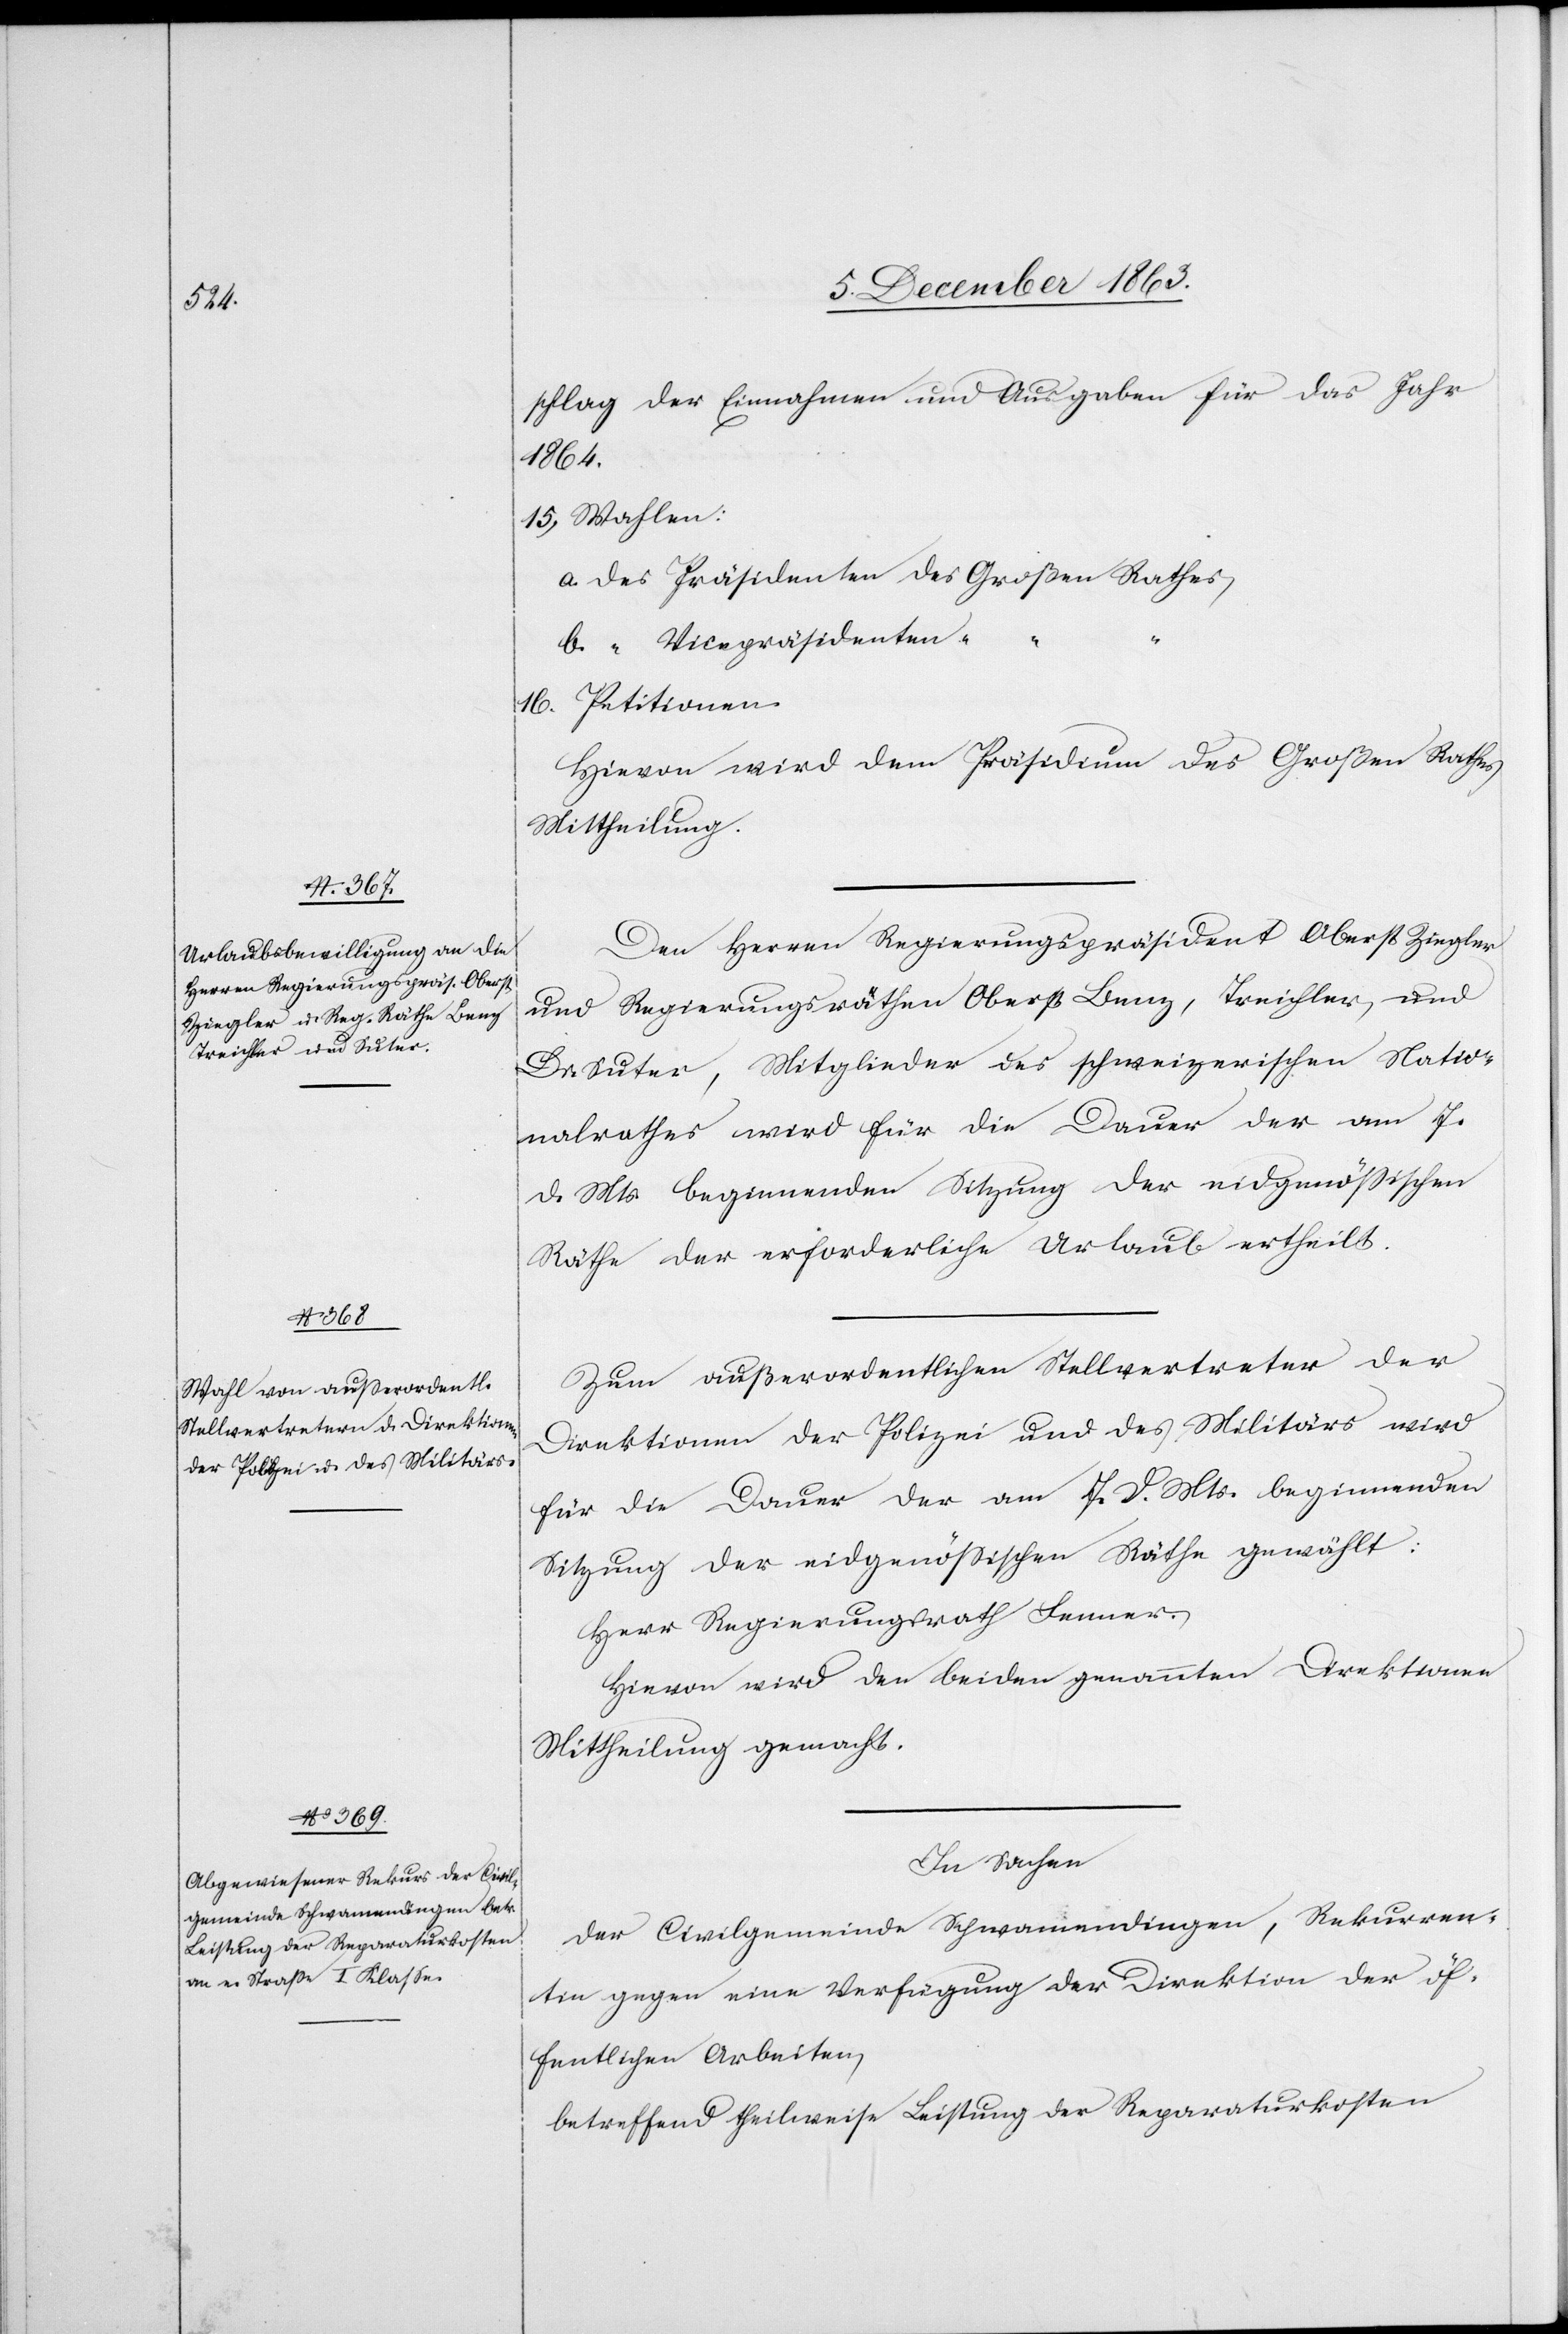
schlag der Einnahmen und Ausgaben für das Jahr
1864.
15. Wahlen:
a. des Präsidenten des Großen Rathes
b. “ Vicepräsidenten “
16. Petitionen.
Hievon wird dem Präsidium des Großen Rathes
Mittheilung.
Den Herren Regierungspräsident Oberst Ziegler
und Regierungsräthen Oberst Benz, Treichler, und
Dr. Suter, Mitglieder des schweizerischen Natio¬
nalrathes wird für die Dauer der am 7.
d. Mts. beginnenden Sitzung der eidgenössischen
Räthe der erforderliche Urlaub ertheilt.
Zum außerordentlichen Stellvertreter der
Direktionen der Polizei und des Militärs wird
für die Dauer der am 7. d. Mts. beginnenden
Sitzung der eidgenössischen Räthe gewählt:
Herr Regierungsrath Fenner.
Hievon wird den beiden genannten Direktionen
Mittheilung gemacht.
In Sachen
der Civilgemeinde Schwamendingen, Rekurren¬
tin gegen eine Verfügung der Direktion der öf¬
fentlichen Arbeiten,
betreffend theilweise Leistung der Reparaturkosten